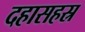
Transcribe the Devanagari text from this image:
दहासहस्र